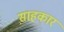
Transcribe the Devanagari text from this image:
स़ाहकार